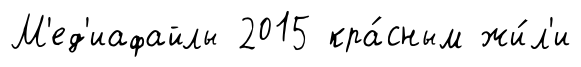
М'ед'иафайлы 2015 кра́сным жи́л'и